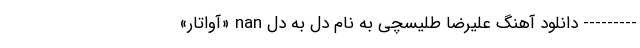
--------- دانلود آهنگ علیرضا طلیسچی به نام دل به دل nan «آواتار»